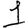
Digit: 1